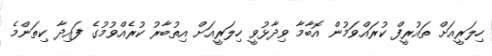
ހިލަރީއަށް ތައުރީފް ކުރައްވަމުން އޮބާމާ ވިދާޅުވީ ހިލަރީއަށް އިތުބާރު ކުރެއްވުމުގެ ފައިދާ ކިތަންމެ